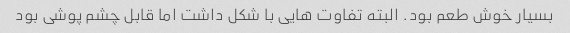
بسیار خوش طعم بود. البته تفاوت هایی با شکل داشت اما قابل چشم پوشی بود